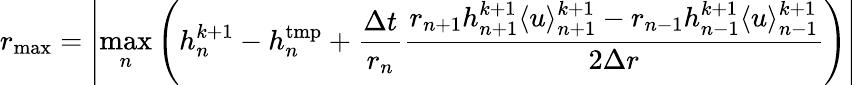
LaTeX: r_{\mathrm{max}}=\left|\underset{n}{\operatorname*{max}}\left(h_{n}^{k+1}-h_{n}^{\mathrm{tmp}}+\frac{\Delta t}{r_{n}}\frac{r_{n+1}h_{n+1}^{k+1}\langle u\rangle_{n+1}^{k+1}-r_{n-1}h_{n-1}^{k+1}\langle u\rangle_{n-1}^{k+1}}{2\Delta r}\right)\right|